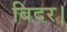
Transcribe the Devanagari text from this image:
बिदर।